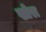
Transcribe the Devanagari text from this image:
खोरा